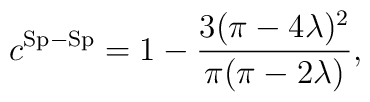
c^{\rm Sp-Sp} = 1- \frac{3(\pi-4\lambda)^2}{\pi(\pi-2\lambda)},